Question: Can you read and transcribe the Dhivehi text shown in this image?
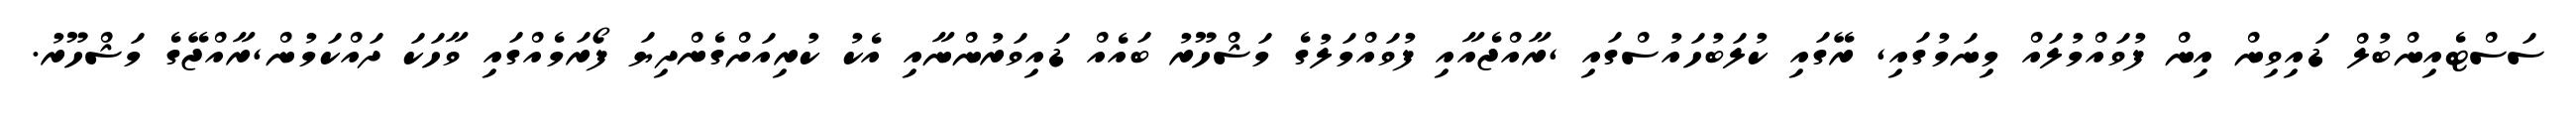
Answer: ސަސްޓެއިންބުލް ޑައިވިން އިން ފުވައްމުލައް މިނަމުގައި, ރޭގައި ކުލަބުހައުސްގައި ,ރާއްޖެއާއި ފުވައްމަލުގެ މަޝްހޫރު ބައެއް ޑައިވަރުންނާއި އެކު ކުރިއަށްގެންދިޔަ ފޯރަމެއްގައި ވާހަކަ ދައްކަމުން,ރާއްޖޭގެ މަޝްހޫރު.